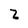
Character: 2